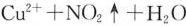
Cu^{2+} +NO_{2}\uparrow +H_{2}O